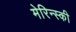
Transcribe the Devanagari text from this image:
मेरिन्स्की